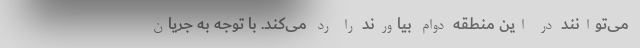
می‌توانند در این منطقه دوام بیاورند را رد می‌کند. با توجه به جریان